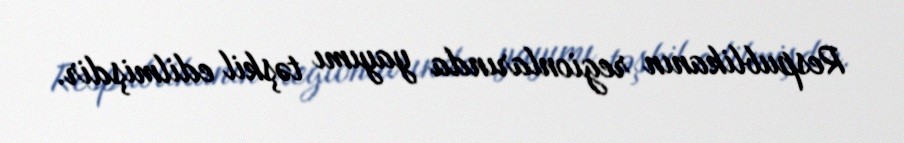
Respublikanın regionlarında yayımı təşkil edilmişdir.